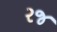
રજ